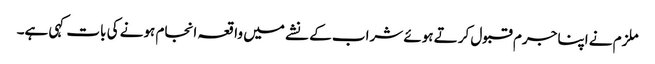
ملزم نے اپنا جرم قبول کرتے ہوئے شراب کے نشے میں واقعہ انجام ہونے کی بات کہی ہے۔